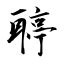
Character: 聤